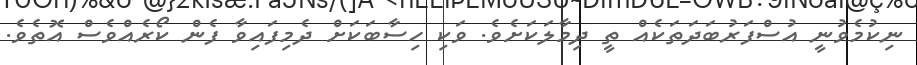
ނިކުމެވުނީ އުސްފަރުބަދަތަކެއް ތީ ދިމާލަކަށެވެ. ވަކި ހިސާބަކަށް ދެމިފައިވާ ފެން ކޯރެއްވެސް އޮތެވެ.